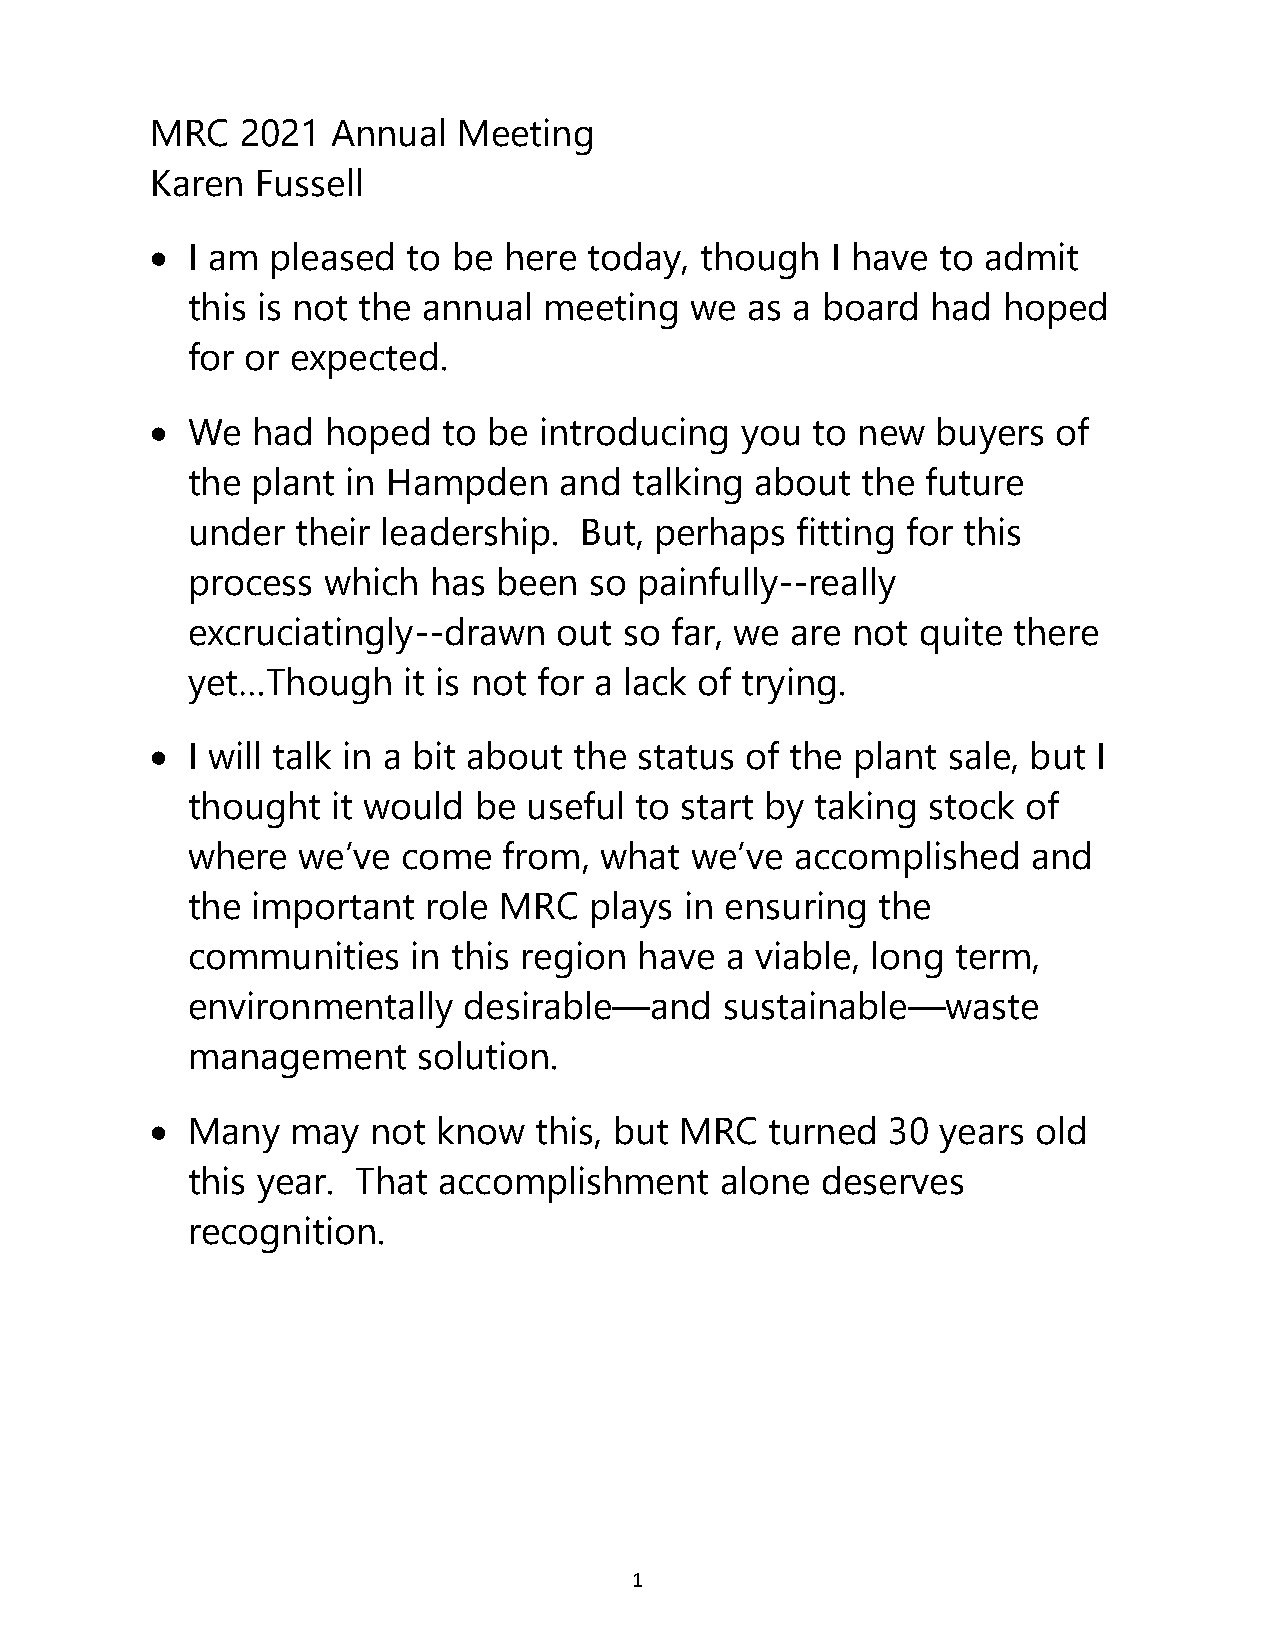
MRC   2021  Annual  Meeting
 Karen  Fussell
 •
 I am  pleased  to be here  today, though   I have to admit
 this is not the annual  meeting   we as a board   had hoped
 for or expected.
 •
 We   had hoped   to be  introducing  you  to new  buyers  of
 the  plant in Hampden    and  talking about  the future
 under   their leadership. But, perhaps   fitting for this
 process  which  has  been  so painfully--really
 excruciatingly--drawn    out so far, we are not  quite there
 yet…Though     it is not for a lack of trying.
 •
 I will talk in a bit about the status of the plant sale, but I
 thought   it would be  useful to start by taking stock  of
 where   we’ve  come  from,  what  we’ve  accomplished   and
 the  important  role MRC   plays in ensuring  the
 communities    in this region have  a viable, long term,
 environmentally    desirable—and    sustainable—waste
 management      solution.
 •
 Many   may  not  know  this, but MRC   turned  30 years  old
 this year.  That accomplishment     alone deserves
 recognition.
 1